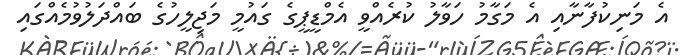
އެ މަނިކުފާނާއި އެ މަގާމު ހަވާލު ކުރެއްވީ އެމްޑީޕީގެ ގައުމީ މަޖިލީހުގެ ބައްދަލުވުމެއްގައި